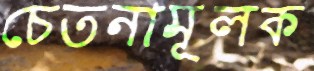
চেতনামূলক